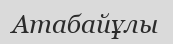
Атабайұлы